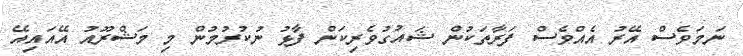
ނަމަވެސް އޭރު އެއްވެސް ފަރާތަކުން ޝައުގުވެރިކަން ފާޅު ނުކުރުމުން މި މަޝްރޫއު އޭއައިއޭ